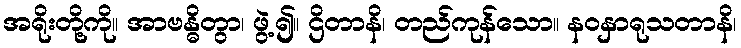
အရိုးတို့ကို။ အာဗန္ဓိတွာ၊ ဖွဲ့၍။ ဌိတာနိ၊ တည်ကုန်သော။ နဝနှာရုသတာနိ၊